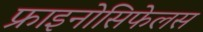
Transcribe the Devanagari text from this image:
फ्राइनोसिफेलस